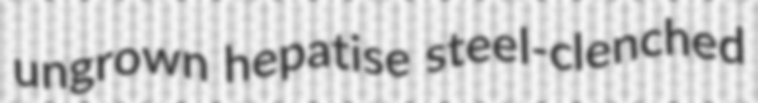
ungrown hepatise steel-clenched